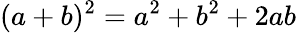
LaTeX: (a+b)^{2}=a^{2}+b^{2}+2ab